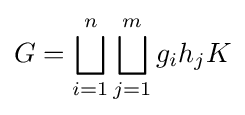
G=\bigsqcup _{i=1}^{n}\bigsqcup _{j=1}^{m}g_{i}h_{j}K